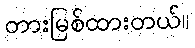
တားမြစ်ထားတယ်။